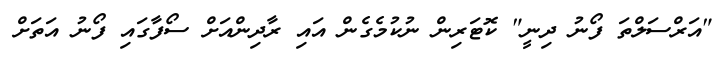
"އަރްސަލްތަ ފޯނު ދިނީ" ކޮޓަރިން ނުކުމެގެން އައި ރާދިންއަށް ސޯފާގައި ފޯނު އަތަށް